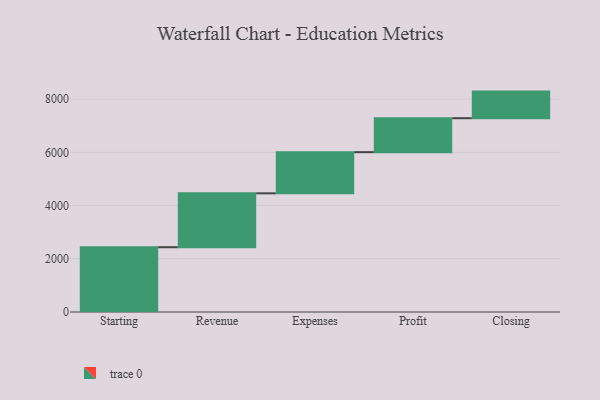
{"axis": {"x": "Step", "y": "Value"}, "legend": [""], "data": [{"x": "Starting", "y": 2434.0, "type": ""}, {"x": "Revenue", "y": 2026.0, "type": ""}, {"x": "Expenses", "y": 1547.0, "type": ""}, {"x": "Profit", "y": 1276.0, "type": ""}, {"x": "Closing", "y": 1000, "type": ""}]}